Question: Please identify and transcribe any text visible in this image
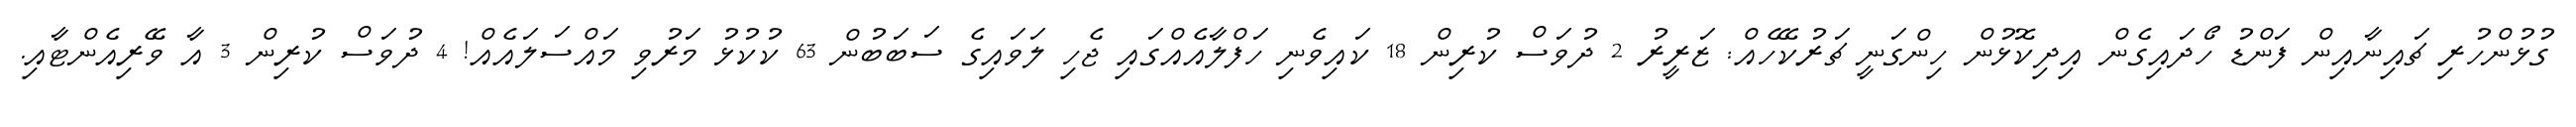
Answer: ގުޅުންހުރި ޗައިނާއިން ފަންޑު ހޯދައިގެން އިދިކޮޅުން ހިންގަނީ ޗަރުކޭހެއް: ޒަރީރު 2 ދުވަސް ކުރިން 18 ކައިވެނި ހަފްލާއެއްގައި ޖެހި ލަވައިގެ ސަބަބުން 63 ކުކުޅު މަރުވި މައްސަލައެއް! 4 ދުވަސް ކުރިން 3 އާ ވޭރިއެންޓާއި.